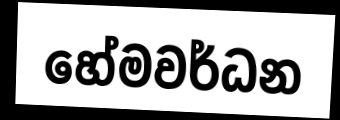
හේමවර්ධන